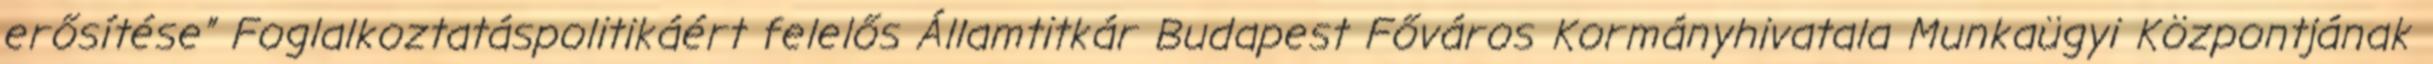
erősítése” Foglalkoztatáspolitikáért felelős Államtitkár Budapest Főváros Kormányhivatala Munkaügyi Központjának